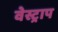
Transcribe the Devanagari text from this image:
वेस्ट्राप